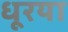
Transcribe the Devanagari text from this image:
धूरया